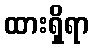
ထားရှိရာ